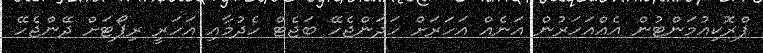
ޕްރޮކިއުމަންޓުން އެއްއަހަރުން އަނެއް އަހަރަށް ހަދަންޖެހޭ ބަޖެޓް ހެދުމާއި އަހަރީ ރިޕޯޓަށް ދޭންޖެހޭ